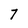
Character: 7